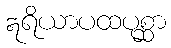
ဣရိယာပထပုစ္ဆာ